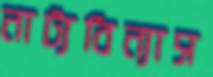
নাট্যবিন্যাস